Vaccination in Bombay 1874-1876 - 1874-1876
Year: 1874
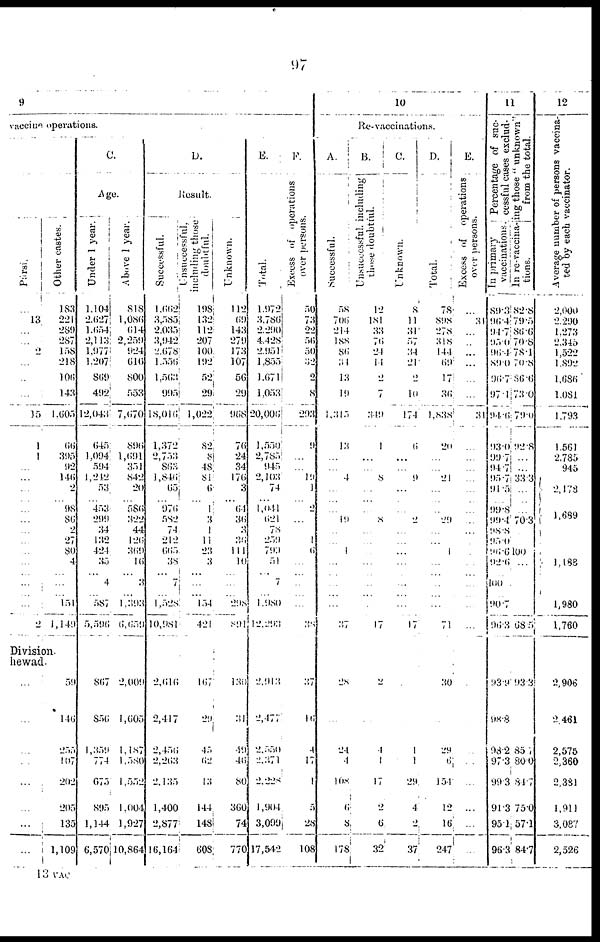
97
9
vaccine operations.
Parsi.
...
13
...
...
2
...
...
...
15
1
1
...
...
...
...
...
...
...
...
...
...
...
...
...
2
Other castes.
183
221
289
287
158
218
106
143
1 ,605
66
395
92
146
2
...
98
86 2
27
80
4
...
...
151
1,149
Division.
hewad.
...
...
...
...
...
...
...
...
59
146
255
107
202
205
135
1,109
C.
Age.
Under 1 year.
1,104
2,627
l,654
2,113
1,977
1,207
809
492
12,043
645
1,094
594
1,242
53
...
453
299
34
132
424
35
... 4
5,87
5,596
867
856
1,359
774
675
895
1,144
6,570
Above 1 year.
818
1,086
614
2,259
924
616
869
553
7,670
896
1,691
351
842
20
...
586
322
44
126
369
16
... 3
1,393
6,659
2,009
1,605
1,187
1,580
1,552
1,004
1,927
10,864
D.
Result.
Successful.
1,662
3,585
2,035
3,942
2,678
1,556
1,563
995
18,016
1,372
2,753
863
1,846
65
...
976
582
74
212
665
38
... 7
1,528
10,981
2,616
2,417
2,456
2,263
2,135
1,400
2,877
16,164
Unsuccessful,
including those
doubtful.
198
132
112
207
100
192
52
29
1,022
82
8
48
81
6
...
1
3
1
11
23
3
...
...
154
421
167
29
45
62
13
144
148
608
Unknown.
112
69
143
279
173
107
56
29
968
76
24
34
176
3
...
64
36
3
36
111
10
...
...
298
891
130
31
49
46
80
360
74
770
E.
Total.
1,972
3,786
2,290
4,428
2,951
1,855
1,671
1,053
20,006
1,550
2,785
945
2,103
74
...
1,041
621
78
259
790
51
... 7
1,980
12,293
2,913
2,477
2,550
2,371
2,228
1,904
3,099
17,542
F.
Excess of operations,
over persons.
50
73
22
56
50
32
2
8
293
9
...
...
19
1
...
2
...
...
1
6
...
...
...
...
38
37
16
4
17
1
5
28
108
10
Re-vaccinations.
A,
Successful.
58
706
214
188
86
34
13
19
1,315
13
...
...
4
...
...
... 19
...
...
1
...
...
...
...
37
28
...
24
4
108
6
8
178
B.
Unsuccessful. including
those doubtful.
12
181
33
76
24
14
2
7
349
1
...
...
8
...
...
... 8
...
...
...
...
...
...
17
2
.
1
1
17
2
6
32
C.
Unknown.
8
11
31
57
34
21
2
10
174
6
...
...
9
...
...
... 2
...
...
...
...
...
...
...
17
.
1
1
29
4
2
37
D.
Total.
78
898
278
318
144
69
17
36
1,838
20
...
...
21
...
...
... 29
...
...
1
...
...
...
...
71
30
29
6
154
12
16
247
E.
Excess of operations
over persons.
...
31
...
...
...
...
...
...
31
...
...
...
...
...
...
...
...
...
.
...
...
...
...
...
.
..
...
...
...
...
11
Percentage of suc-
cessful cases exclud-
ng those " unknown"
from the total.
In primary
vaccinations.
89.3
96.4
94.7
95.0
96.4
89.0
96.7
97.1
94.6
93.0
99.7
94.7
95.7
91.5
...
99.8
90.4
98.8
95.0
96.6
92.6
...
100
90.7
96.3
93.9
98.8
98.2
97.3
99.3
91.3
95.1
96.3
In re-vaccina.
tions.
82.8
79.5
86.6
70.8
78.1
70.8
86.6
73.0
79.0
92.8
...
...
33.3
...
...
...
70.3
100
...
...
68.5
93.3
85.7
80.0
84.7
75.0
57.1
84.7
12
Average number of persons vaccina-
ted by each vaccinator.
2,000
2,290
1,273
2,345
1,522
1,892
1,686
1,081
1,793
1,561
2,785
945
2
1,689
1,188
1,980
1,760
2,906
2,461
2,575
2,360
2,381
1,911
3,087
2,526
13 VAC